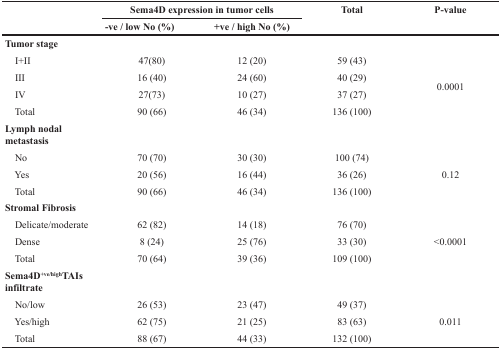
| <ROWSPAN=2>  | <COLSPAN=2> Sema4D expression in tumor cells | <ROWSPAN=2> Total | <ROWSPAN=2> P-value |
 | -ve / low No (%) | +ve / high No (%) |
 | --- | --- | --- | --- | --- |
 | Tumor stage |  |  |  |  |
 | I+II | 47(80) | 12 (20) | 59 (43) | <ROWSPAN=4> 0.0001 |
 | III | 16 (40) | 24 (60) | 40 (29) |
 | IV | 27(73) | 10 (27) | 37 (27) |
 | Total | 90 (66) | 46 (34) | 136 (100) |
 | Lymph nodal metastasis |  |  |  |  |
 | No | 70 (70) | 30 (30) | 100 (74) | <ROWSPAN=3> 0.12 |
 | Yes | 20 (56) | 16 (44) | 36 (26) |
 | Total | 90 (66) | 46 (34) | 136 (100) |
 | Stromal Fibrosis |  |  |  |  |
 | Delicate/moderate | 62 (82) | 14 (18) | 76 (70) | <ROWSPAN=3> <0.0001 |
 | Dense | 8 (24) | 25 (76) | 33 (30) |
 | Total | 70 (64) | 39 (36) | 109 (100) |
 | Sema4D+ve/highTAIs infiltrate |  |  |  |  |
 | No/low | 26 (53) | 23 (47) | 49 (37) | <ROWSPAN=3> 0.011 |
 | Yes/high | 62 (75) | 21 (25) | 83 (63) |
 | Total | 88 (67) | 44 (33) | 132 (100) |